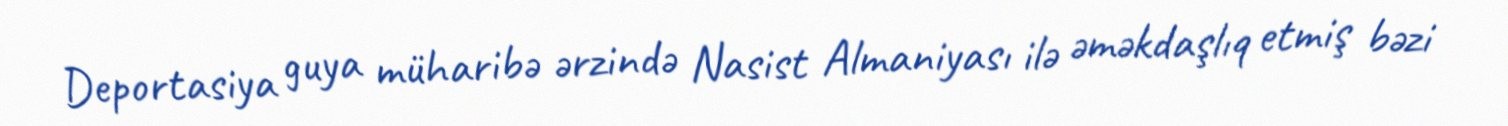
Deportasiya guya müharibə ərzində Nasist Almaniyası ilə əməkdaşlıq etmiş bəzi